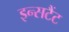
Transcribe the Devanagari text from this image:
इन्सटैंट